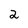
Character: 2